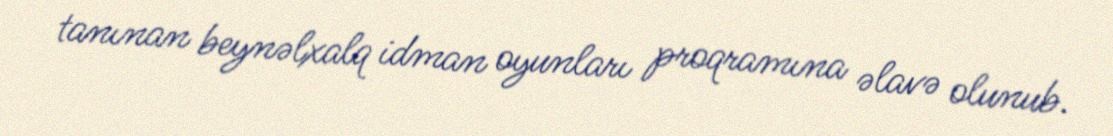
tanınan beynəlxalq idman oyunları proqramına əlavə olunub.